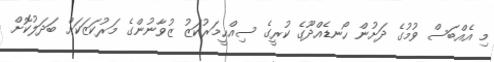
މި އެއްބަސް ވުމުގެ ދަށުން ހޯނޑެއްދޫގެ ކުރީގެ ސިއްޙީމަރުކަޒު ޒުވާނުންގެ މަރުކަޒަކަށް ބަދަލުކޮށް